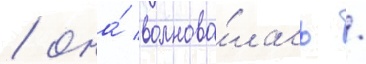
/ она́ волнова́лась /